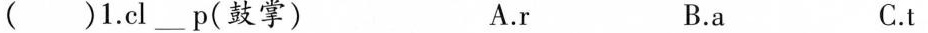
( )1.cl ___ p(鼓掌) A.r B.a C.t